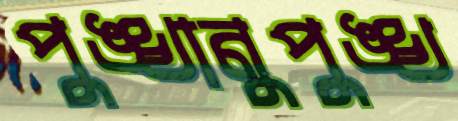
পুঙ্খানুপুঙ্খ